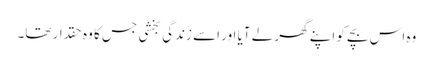
وہ اس بچے کو اپنے گھر لے آیا اور اسے زندگی بخشی جس کا وہ حقدار تھا۔